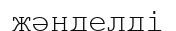
жәнделді